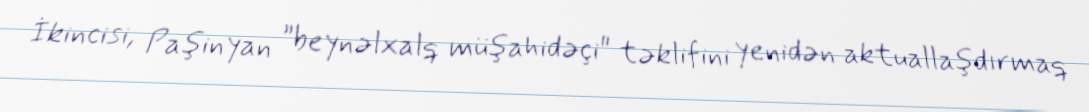
İkincisi, Paşinyan ”beynəlxalq müşahidəçi" təklifini yenidən aktuallaşdırmaq